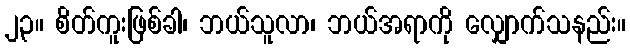
၂၃။ စိတ်ကူးဖြစ်ခါ၊ ဘယ်သူလာ၊ ဘယ်အရာကို လျှောက်သနည်း။